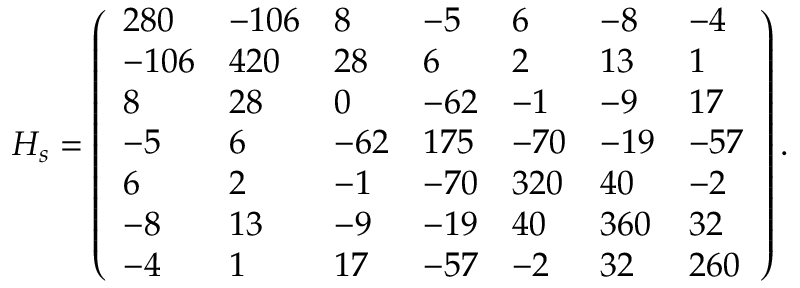
H _ { s } = \left( \begin{array} { l l l l l l l } { 2 8 0 } & { - 1 0 6 } & { 8 } & { - 5 } & { 6 } & { - 8 } & { - 4 } \\ { - 1 0 6 } & { 4 2 0 } & { 2 8 } & { 6 } & { 2 } & { 1 3 } & { 1 } \\ { 8 } & { 2 8 } & { 0 } & { - 6 2 } & { - 1 } & { - 9 } & { 1 7 } \\ { - 5 } & { 6 } & { - 6 2 } & { 1 7 5 } & { - 7 0 } & { - 1 9 } & { - 5 7 } \\ { 6 } & { 2 } & { - 1 } & { - 7 0 } & { 3 2 0 } & { 4 0 } & { - 2 } \\ { - 8 } & { 1 3 } & { - 9 } & { - 1 9 } & { 4 0 } & { 3 6 0 } & { 3 2 } \\ { - 4 } & { 1 } & { 1 7 } & { - 5 7 } & { - 2 } & { 3 2 } & { 2 6 0 } \end{array} \right) .